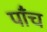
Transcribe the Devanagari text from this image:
पाँंच